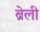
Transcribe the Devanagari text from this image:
ब्रेली